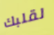
لقلبك